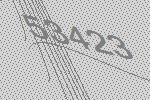
53423